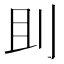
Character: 刞